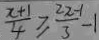
\frac { x + 1 } { 4 } \geq \frac { 2 x - 1 } { 3 } - 1